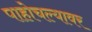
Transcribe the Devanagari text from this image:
पाहोचल्यावर